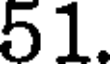
51.